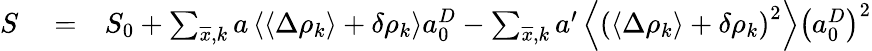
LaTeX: \begin{array}{rlr}{S}&{{}=}&{S_{0}+\sum_{\overline{{x}},k}a\left\langle\left\langle\Delta\rho_{k}\right\rangle+\delta\rho_{k}\right\rangle a_{0}^{D}-\sum_{\overline{{x}},k}a^{\prime}\left\langle\left(\left\langle\Delta\rho_{k}\right\rangle+\delta\rho_{k}\right)^{2}\right\rangle\left(a_{0}^{D}\right)^{2}}\end{array}